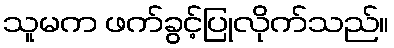
သူမက ဖက်ခွင့်ပြုလိုက်သည်။